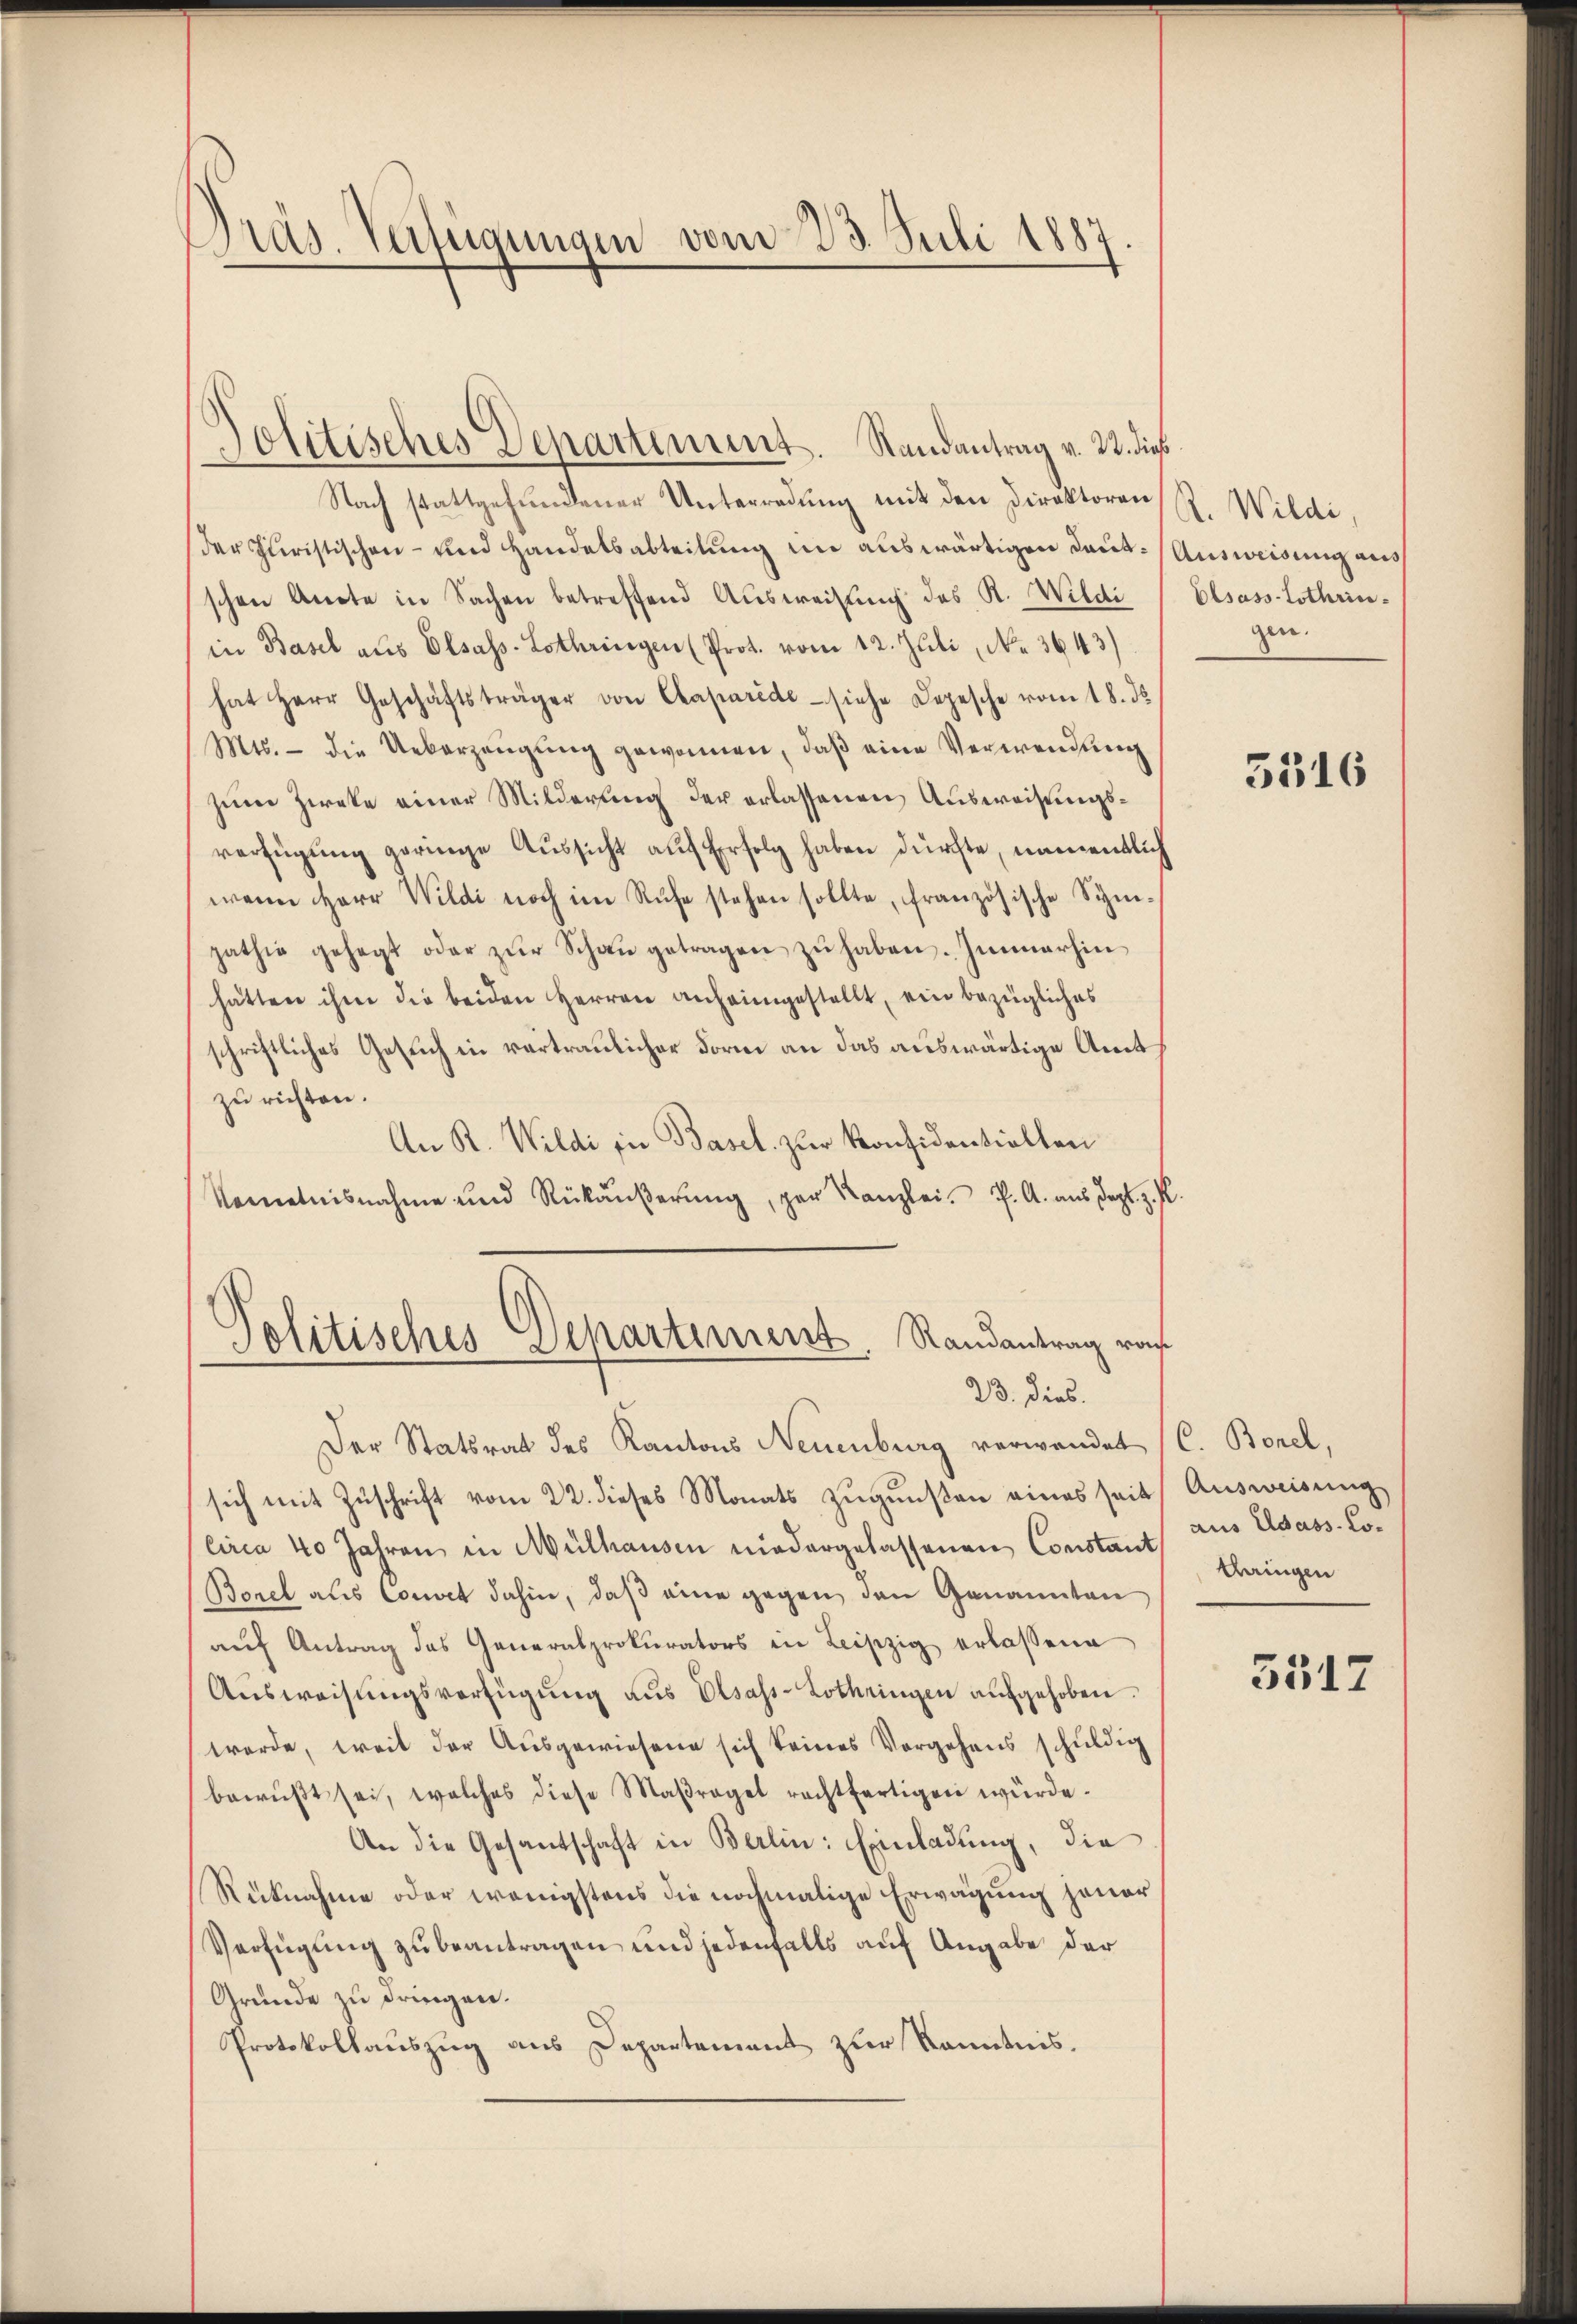
Präs. Verfügungen vom 23. Juli 1887

Politisches Departement. Randantrag v. 22. dies
Nach stattgefŭndener Unterredung mit den Direktoren R. Wildi
der Juristischen- und Handelsabteilung im auswärtigen Laut Ausweisung aus
schen Anote in Sachen betreffend Aŭsweisŭng des K. Wildi Elsass-Lothrinin Basel aus Elsass-Lothringen (Prot. vom 12. Juli, No. 3643)
hat Herr Geschäftsträger von Chaparéde - siehe Depesche vom 18. ds.
Mts. die Ueberzeŭgŭng gewonnen, daβ eine Verwendung
zum Zieke einer Milderung der erlassenen Ausweisungsverfügung geringe Aussicht auf Erfolg haben dürfte, namentlich
wann Herr Wildi noch im Rufe stehen sollte, französische Sym-
pathie gesagt oder zŭr Schaŭ getragen zŭ haben. Immerhin
hätten ihm die beiden Herren anheimgestellt, ein bezügliches
schriftliches Gesuch in vertraulicher Form an das auswärtige Amt
zu richten.
An R. Wildi in Basel zur Konfidentiellen
Kenntnisnahme und Rükaŭβerŭng, per Kanzlei. P. A. aus degl. z. P

Politisches Departement Randantrag rach
23. dies

Der Statsrat des Kantons Neuenburg verwandet
sich mit Zuschrift vom 22. dieses Monats zugunsten eines seit
Circa 40 Jahren in Mülhausen niedergelassenen Constant
Borel als Convet dahin, daβ eine gegen den Genannten
aŭf Antrag des Generalprokurators in Leipzig erlassene
Ausweisungsverfügung aus Elsass-Lothringen aufgehoben.
werde, weil der Ausgewiesene sich keines Vorgehens schuldig
bewŭβt sei, welches diese Maßregel rechtfertigen würde.
An die Gesantschaft in Berlin: Einladung, die
Rücknahme oder wenigstens die nochmalige Erwägung jener
Verfügung zu beantragen und jedenfalls auf Angabe der
Gründe zu dringen.
Protokollauszug aus Departement zur Kenntnis.

gen.

3316

C. Bonel,
Ausweisung
aus dass Lothringen

3517